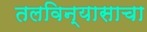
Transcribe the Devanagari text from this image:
तलविन्यासाचा